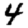
Digit: 4